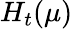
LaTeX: H_{t}(\mu)